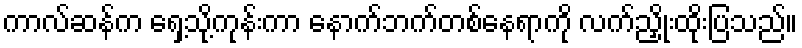
ကာလ်ဆန်က ရှေ့သို့ကုန်းကာ နောက်ဘက်တစ်နေရာကို လက်ညှိုးထိုးပြသည်။